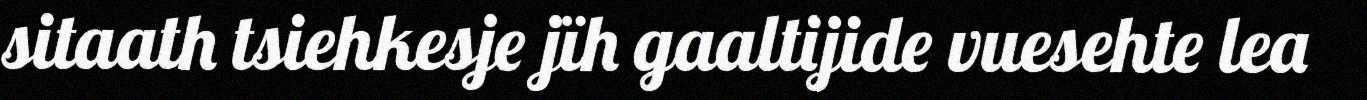
sitaath tsiehkesje jïh gaaltijide vuesehte lea